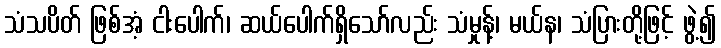
သံသပိတ် ဖြစ်အံ့ ငါးပေါက်၊ ဆယ်ပေါက်ရှိသော်လည်း သံမှုန့်၊ မယ်န၊ သံပြားတို့ဖြင့် ဖွဲ့၍